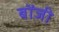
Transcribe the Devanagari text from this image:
बोंजी